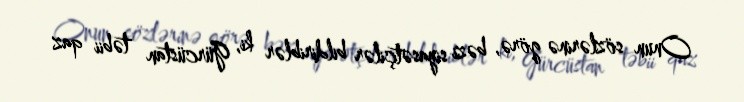
Onun sözlərinə görə, bəzi siyasətçilər bildiriblər ki, Gürcüstan təbii qaz